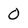
Character: 0